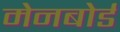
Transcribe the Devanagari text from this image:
मेनबोर्ड